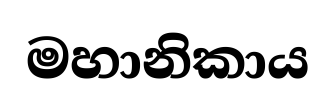
මහානිකාය